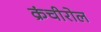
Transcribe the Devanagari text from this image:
क्रंचीरोल